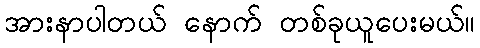
အားနာပါတယ် နောက် တစ်ခုယူပေးမယ်။